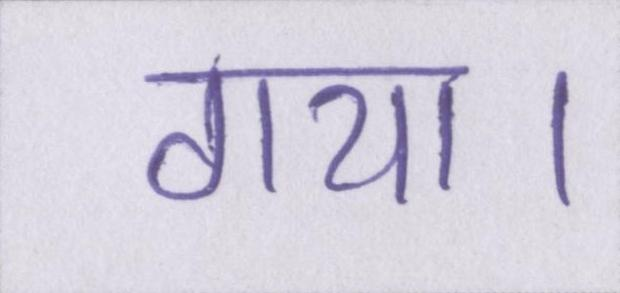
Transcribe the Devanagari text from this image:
गया।